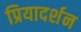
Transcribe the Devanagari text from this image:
प्रियादर्शन